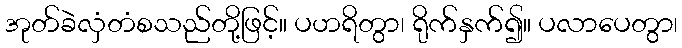
အုတ်ခဲလှံတံစသည်တို့ဖြင့်။ ပဟရိတွာ၊ ရိုက်နှက်၍။ ပလာပေတွာ၊